Lunatic asylums Central Provinces reports 1874-1885 - 1874-1885
Year: 1874
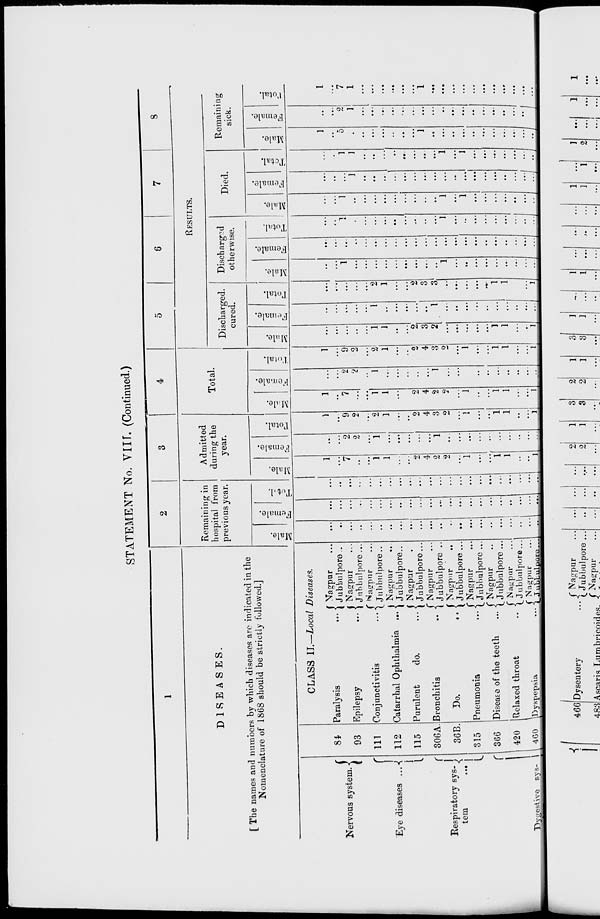
STATEMENT No. VIII. (Continued.)
1
DISEASES.
[ The names and numbers by which diseases arc indicated in the
Nomenclature of 1868 should be strictly followed.]
Nervous system.
Eye diseases ...
Respiratory sys-
tem
...
Dygestive sys —
84
93
111
112
115
306A.
36B.
315
366
420
460
CLASS II.—Local Diseases.
Paralysis ...
Epilepsy
...
Conjunctivitis
...
Catarrhal Ophthalmia
...
Purulent
do.
...
Bronchitis
...
Do.
...
Pneumonia
...
Disease of the teeth
...
Relaxed throat ...
Dyspepsia
...
Nagpur ...
Jubbulpore ...
Nagpur ...
Jubbulpore ...
Nagpur ...
Jubbulpore ...
Nagpur ...
Jubbulpore ...
Nagpur ...
Jubbulpore ...
Nagpur ...
Jubbulpore ...
Nagpur
...
Jubbulpore ...
Nagpur ...
Jubbulpore ...
Nagpur ...
Jubbulpore ...
Nagpur ...
Jubbulpore ...
Nagpur ...
Jubbulpore ...
2
Remaining in
hospital from
previous year.
Male.
...
...
...
...
...
...
...
...
...
...
...
...
...
...
...
...
...
...
...
...
...
...
Female.
...
...
...
...
...
...
...
...
...
...
...
...
...
...
...
...
...
...
...
...
...
...
Total.
...
...
...
...
...
...
...
...
...
...
...
...
...
...
...
...
...
...
...
...
...
...
3
Admitted
during the
year.
Male.
1
...
7
...
...
1
1
...
...
2
4
2
2
...
1
...
...
1
1
...
...
1
Female.
...
...
2
2
...
1
...
...
...
...
...
1
...
...
...
...
...
...
...
...
...
...
Total.
1
...
9
2
...
2
1
...
...
2
4
3
2
...
1
...
...
1
1
...
...
1
4
Total.
Male.
1
...
7
...
...
1
1
...
...
2
4
2
2
...
1
...
...
1
1
...
...
1
Female.
...
...
2
2
...
1
...
...
...
...
...
1
...
...
...
...
...
...
...
...
...
...
Total.
1
...
9
2
...
2
1
...
...
2
4
3
2
...
1
...
....
1
1
...
...
1
5
6
7
8
RESULTS.
Discharged.
cured.
Male.
...
...
...
...
...
1
1
...
...
2
3
2
...
...
...
...
...
1
1
...
...
1
Female.
...
...
...
...
...
1
...
...
...
...
...
1
...
...
...
...
...
...
...
...
...
...
Total.
...
...
...
...
...
2
1
...
...
2
3
3
...
...
...
...
...
1
1
...
...
1
Discharged
otherwise.
Male.
...
...
1
...
...
...
...
...
...
...
...
...
1
...
...
...
...
...
...
...
...
...
Female.
...
...
...
...
...
...
...
...
...
...
...
...
...
...
...
...
...
...
...
...
...
...
Total.
...
...
1
...
...
...
...
...
...
...
...
...
1
...
..
...
...
...
...
...
...
...
Died.
Male.
...
...
1
...
...
...
...
...
...
...
...
...
1
...
1
...
...
...
...
...
...
...
Female.
...
...
...
1
...
...
...
...
...
...
...
...
...
...
...
...
...
...
...
...
...
...
Total.
...
...
1
1
...
...
...
...
...
...
...
...
1
...
1
...
...
...
...
...
...
...
Remaining
sick.
Male.
1
...
5
...
...
...
...
...
...
...
1
...
...
...
...
...
...
...
...
...
...
...
Female.
...
...
2
1
...
...
...
...
...
...
...
...
...
...
...
...
...
...
...
...
...
...
Total.
1
...
7
1
...
...
...
...
...
...
1
...
...
...
...
...
...
...
...
...
...
...